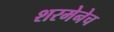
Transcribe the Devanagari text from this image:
शरमेनेच